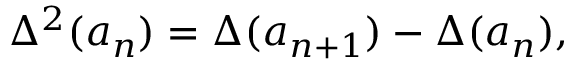
\Delta ^ { 2 } ( a _ { n } ) = \Delta ( a _ { n + 1 } ) - \Delta ( a _ { n } ) ,